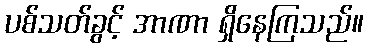
ပစ်သတ်ခွင့် အာဏာ ရှိနေကြသည်။